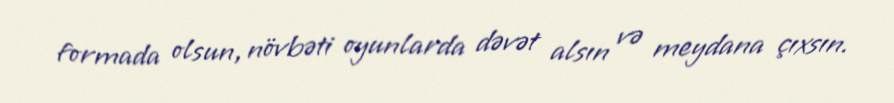
formada olsun, növbəti oyunlarda dəvət alsın və meydana çıxsın.